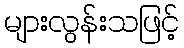
များလွန်းသဖြင့်